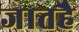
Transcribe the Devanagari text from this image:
जातहै